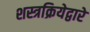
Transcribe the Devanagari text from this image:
शस्त्रक्रियेद्वारे